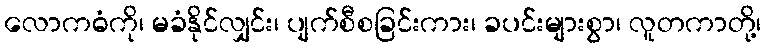
လောကဓံကို၊ မခံနိုင်လျှင်း၊ ပျက်စီစခြင်းကား၊ ခပင်းများစွာ၊ လူတကာတို့၊